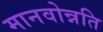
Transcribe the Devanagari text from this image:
मानवोन्नति